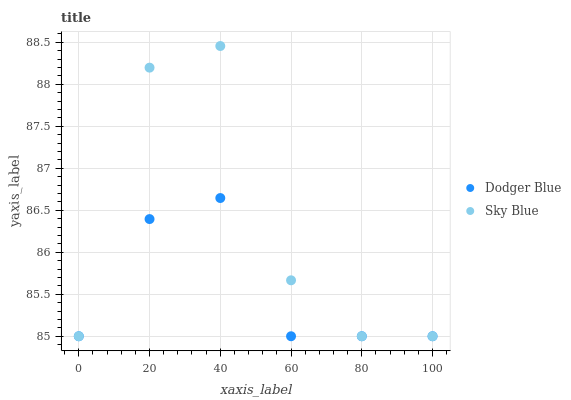
| xaxis_label | Dodger Blue | Sky Blue |
 | --- | --- | --- |
 | 0 | 85 | 85 |
 | 20 | 86.4 | 88.2 |
 | 40 | 86.6 | 88.5 |
 | 60 | 85 | 85.7 |
 | 80 | 85 | 85 |
 | 100 | 85 | 85 |